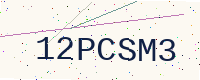
Text: 12PCSM3